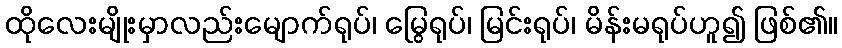
ထိုလေးမျိုးမှာလည်းမျောက်ရုပ်၊ မြွေရုပ်၊ မြင်းရုပ်၊ မိန်းမရုပ်ဟူ၍ ဖြစ်၏။